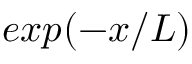
e x p ( - x / L )